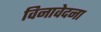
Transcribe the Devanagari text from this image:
विनावेदना